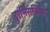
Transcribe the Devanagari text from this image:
दुरभिसन्धियाँ